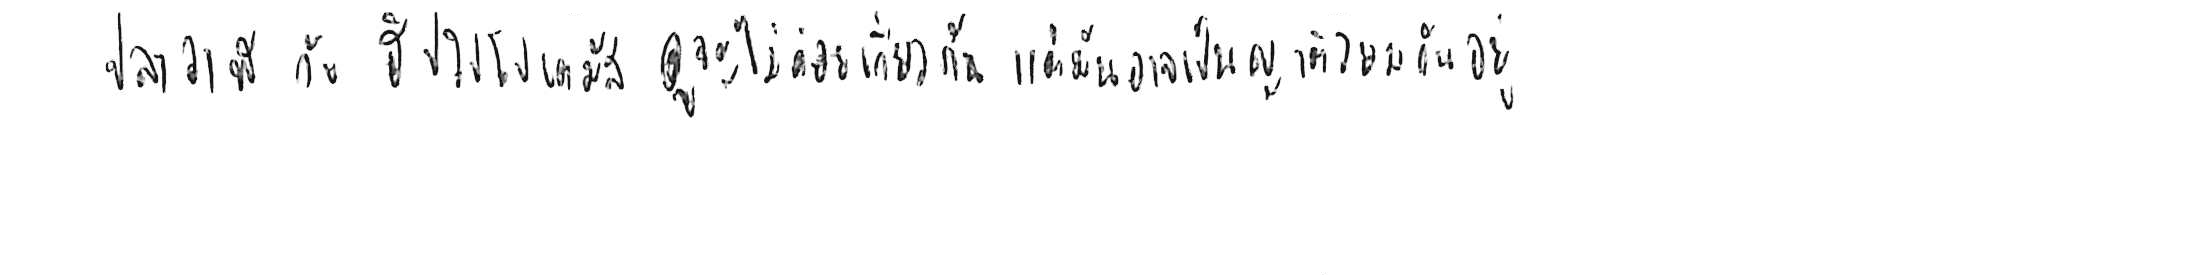
ปลาวาฬ กับ ฮิปโปโปเตมัส ดูจะไม่ค่อยเกี่ยวกัน แต่มันอาจเป็นญาติโยมกันอยู่